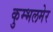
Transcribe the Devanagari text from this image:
कुम्भलमेर